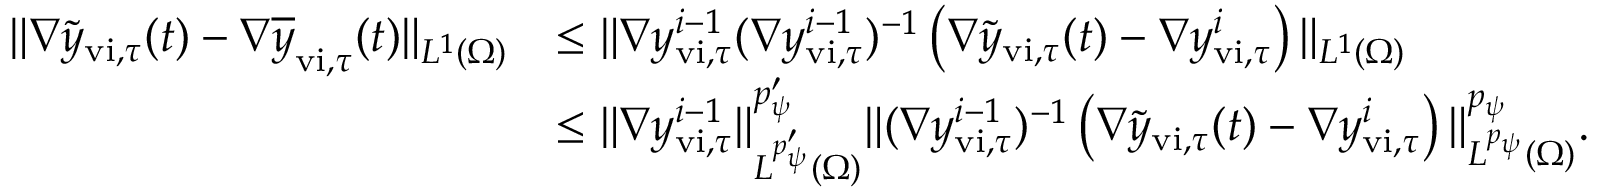
\begin{array} { r l } { \| \nabla \widetilde { y } _ { \mathrm { v i } , \tau } ( t ) - \nabla \overline { { y } } _ { \mathrm { v i } , \tau } ( t ) \| _ { L ^ { 1 } ( \Omega ) } } & { \leq \| \nabla y _ { \mathrm { v i } , \tau } ^ { i - 1 } ( \nabla y _ { \mathrm { v i } , \tau } ^ { i - 1 } ) ^ { - 1 } \left( \nabla \widetilde { y } _ { \mathrm { v i } , \tau } ( t ) - \nabla { y } _ { \mathrm { v i } , \tau } ^ { i } \right) \| _ { L ^ { 1 } ( \Omega ) } } \\ & { \leq \| \nabla y _ { \mathrm { v i } , \tau } ^ { i - 1 } \| _ { L ^ { p _ { \psi } ^ { \prime } } ( \Omega ) } ^ { p _ { \psi } ^ { \prime } } \| ( \nabla y _ { \mathrm { v i } , \tau } ^ { i - 1 } ) ^ { - 1 } \left( \nabla \widetilde { y } _ { \mathrm { v i } , \tau } ( t ) - \nabla { y } _ { \mathrm { v i } , \tau } ^ { i } \right) \| _ { L ^ { p _ { \psi } } ( \Omega ) } ^ { p _ { \psi } } . } \end{array}